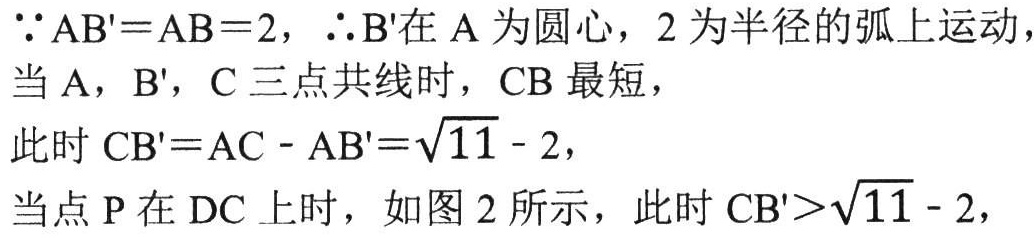
$\because AB' = AB = 2$，$\therefore B'$在$A$为圆心，$2$为半径的弧上运动，
当$A$，$B'$，$C$三点共线时，$CB$最短，
此时$CB' = AC - AB'=\sqrt{11}-2$，
当点$P$在$DC$上时，如图 2 所示，此时$CB'>\sqrt{11}-2$，